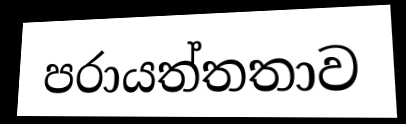
පරායත්තතාව